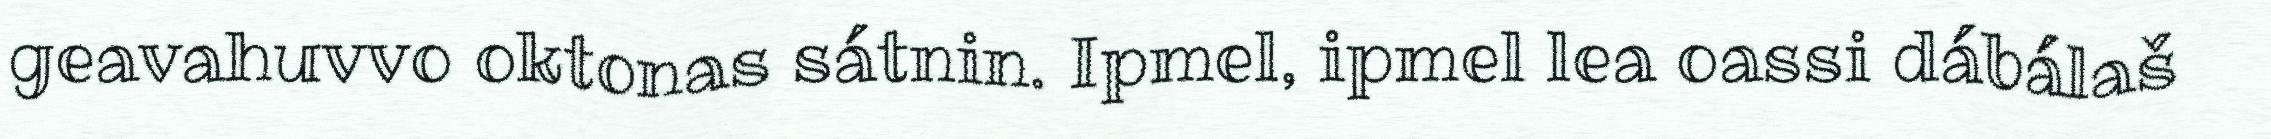
geavahuvvo oktonas sátnin. Ipmel, ipmel lea oassi dábálaš